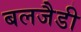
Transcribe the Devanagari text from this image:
बलजैडी